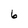
Character: 6